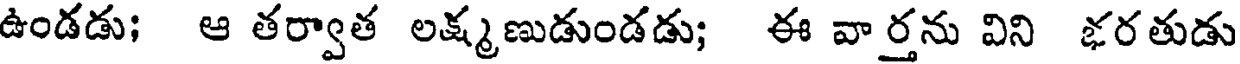
ఉండడు; ఆ తర్వాత లక్ష్మణుడుండడు; ఈ వార్తను విని భరతుడు